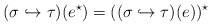
\begin{align*}(\sigma\hookrightarrow\tau)(e^\star)=((\sigma\hookrightarrow\tau)(e))^\star\end{align*}